65_HS1-834228961_62-HQ-83894_Section_4
Agency: FBI
Page 66
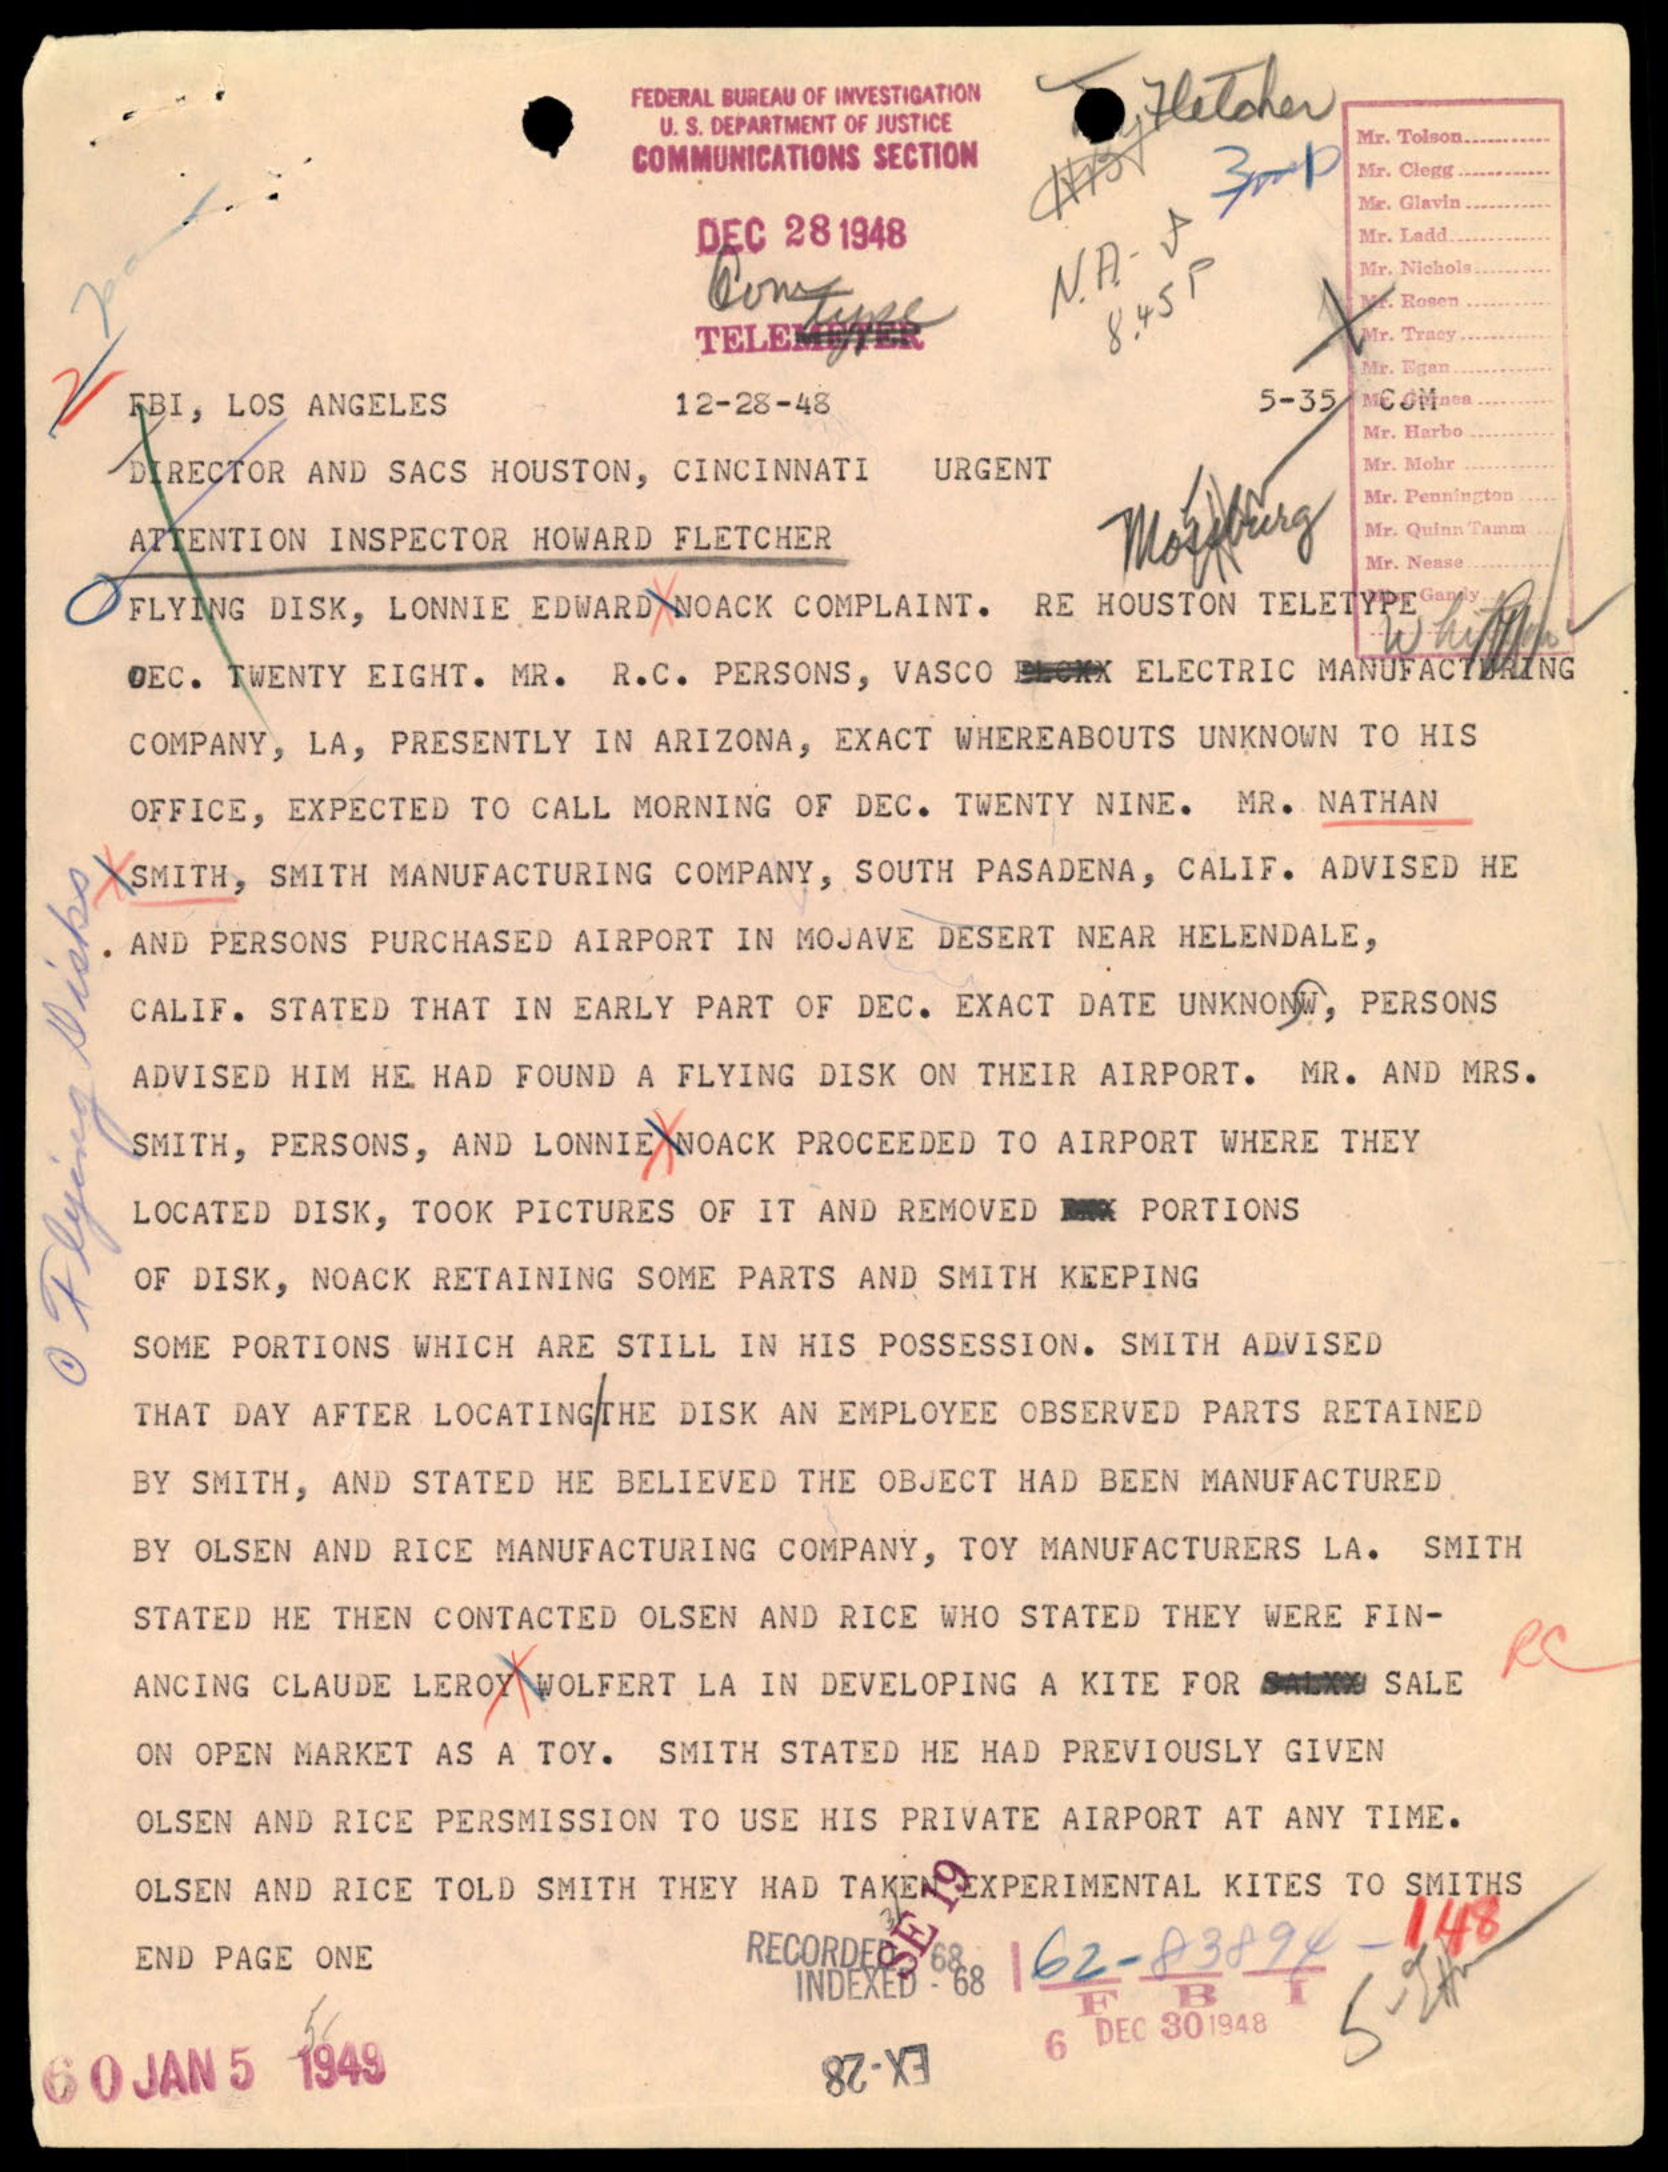